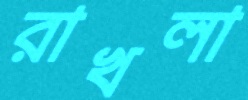
রাখলা